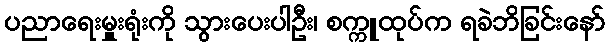
ပညာရေးမှူးရုံးကို သွားပေးပါဦး၊ စက္ကူထုပ်က ရခဲဘိခြင်းနော်